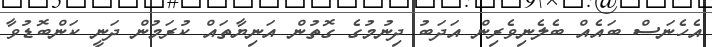
އެހެނަސް ބައެއް ބެލެނިވެރިން އަދަބު ދިނުމުގެ ގޮތުން އަނިޔާތައް ކުރަމުން ދަނީ ކަންބޮޑުވާ